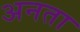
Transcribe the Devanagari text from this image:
अनता